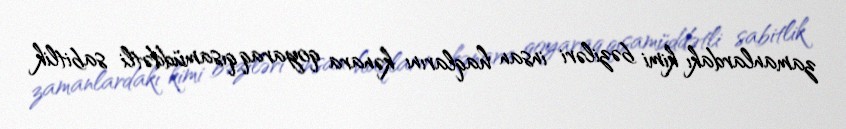
zamanlardakı kimi bəziləri insan haqlarını kənara qoyaraq qısamüddətli sabitlik